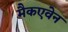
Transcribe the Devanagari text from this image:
मैकएवेन